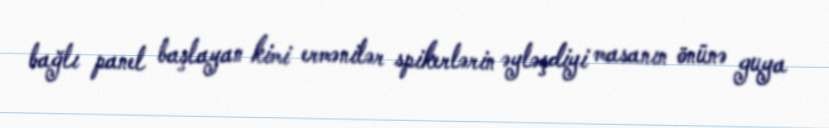
bağlı panel başlayan kimi ermənilər spikerlərin əyləşdiyi masanın önünə guya